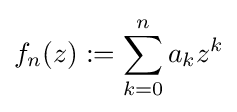
f_{n}(z):=\sum _{k=0}^{n}a_{k}z^{k}